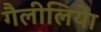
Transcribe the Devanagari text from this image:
गैलीलियेा